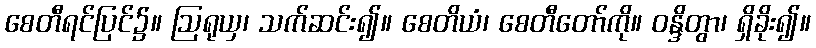
စေတီရင်ပြင်၌။ ဩရုယှ၊ သက်ဆင်း၍။ စေတိယံ၊ စေတီတော်ကို။ ဝန္ဒိတွာ၊ ရှိခိုး၍။